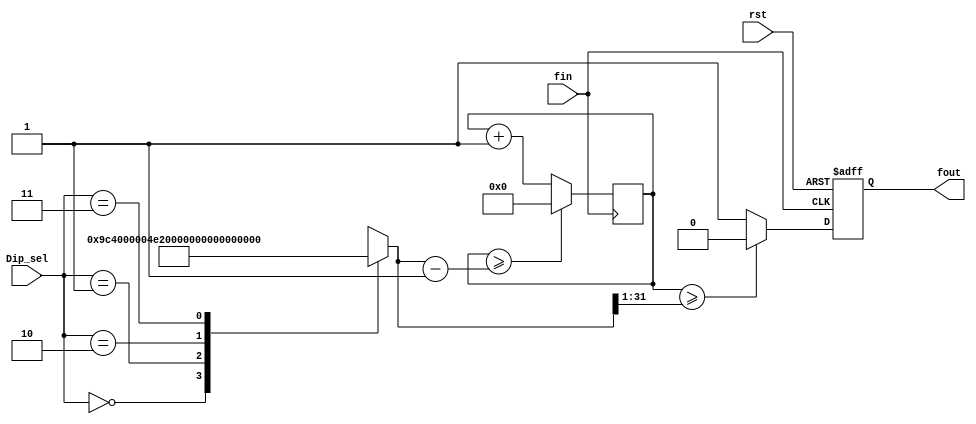
module FDIV(Dip_sel,rst,fin,fout);
	input [1:0] Dip_sel;
	input fin,rst;
	output fout;
	wire [31:0] _DIVN;
	reg [31:0] count,DIVN;
	reg fout;
	
	always @(Dip_sel)
		case(Dip_sel)
			2'b00: DIVN=32'd2500;
			2'b01: DIVN=32'd1250;
			2'b10: DIVN=32'd833;
			2'b11: DIVN=32'd4;
		endcase
		
	assign _DIVN = DIVN >>1;
	
	always @(posedge fin)
		if(count>=DIVN-1) 
			count=0;
		else
			count = count +1;
	always @ (posedge fin or posedge rst)
		if(rst)
			fout=0;
		else if(count>=_DIVN)
				fout=0;
			else
				fout=1'd1;
endmodule